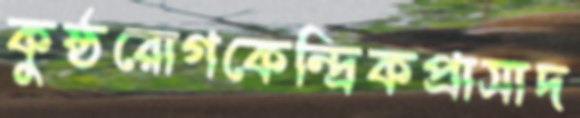
কুষ্ঠরোগকেন্দ্রিকপ্রাসাদ